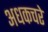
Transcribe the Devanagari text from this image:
अधकचरे